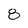
Character: 8